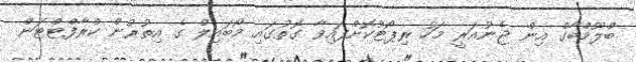
ބްލޫމްބާގް އިން ޖެނުއަރީ މަހު ރިޕޯޓުކޮށްފައިވާ ގޮތުގައި މޯބައިލް ގެ އިތުރުން ކްރާފްޓްޓަން